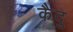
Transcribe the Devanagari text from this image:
कैदु